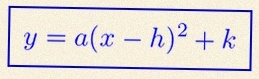
y=a(x-h)^2+k